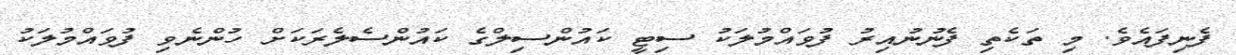
ފެނިފައެވެ. މި ތަކެތި ފެނުނުއިރު ފުވައްމުލަކު ސިޓީ ކައުންސިލްގެ ކައުންސެލެރަކަށް ހުންނެވި ފުވައްމުލަކު